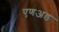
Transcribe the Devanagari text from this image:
एणअड